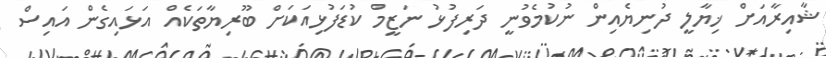
ޝާއިރާއަށް ޚިޔާލީ ދުނިޔެއިން ނުކުމެވުނީ ދަރިފުޅު ނަޒީމް ކުޑަފުޅިއަކަށް ބޫރިޔާތަކެއް އަޅައިގެން އައިސް